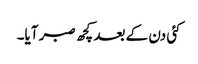
کئی دن کے بعد کچھ صبر آیا۔